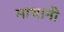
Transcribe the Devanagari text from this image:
माघानी